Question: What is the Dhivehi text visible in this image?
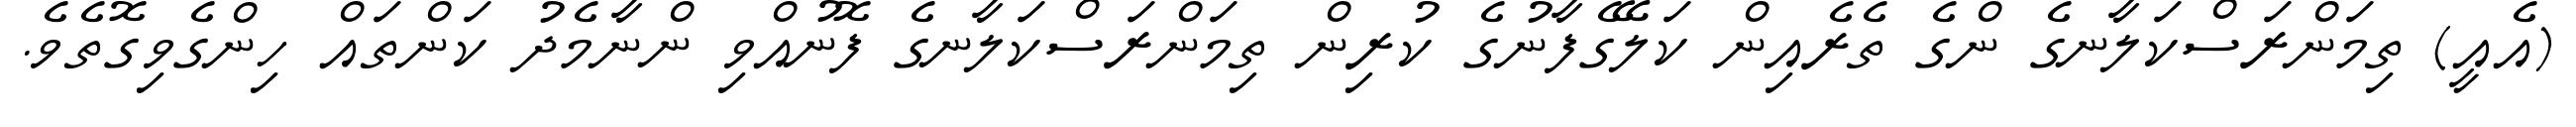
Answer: (އެއީ) ތިމަންރަސްކަލާނގެ ންގެ ތެރެއިން ކަލޭގެފާނުގެ ކުރިން ތިމަންރަސްކަލާނގެ ފޮނުއްވި ންނާމެދު ކަންތައް ހިންގެވިގޮތެވެ.